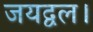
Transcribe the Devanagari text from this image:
जयद्वल।